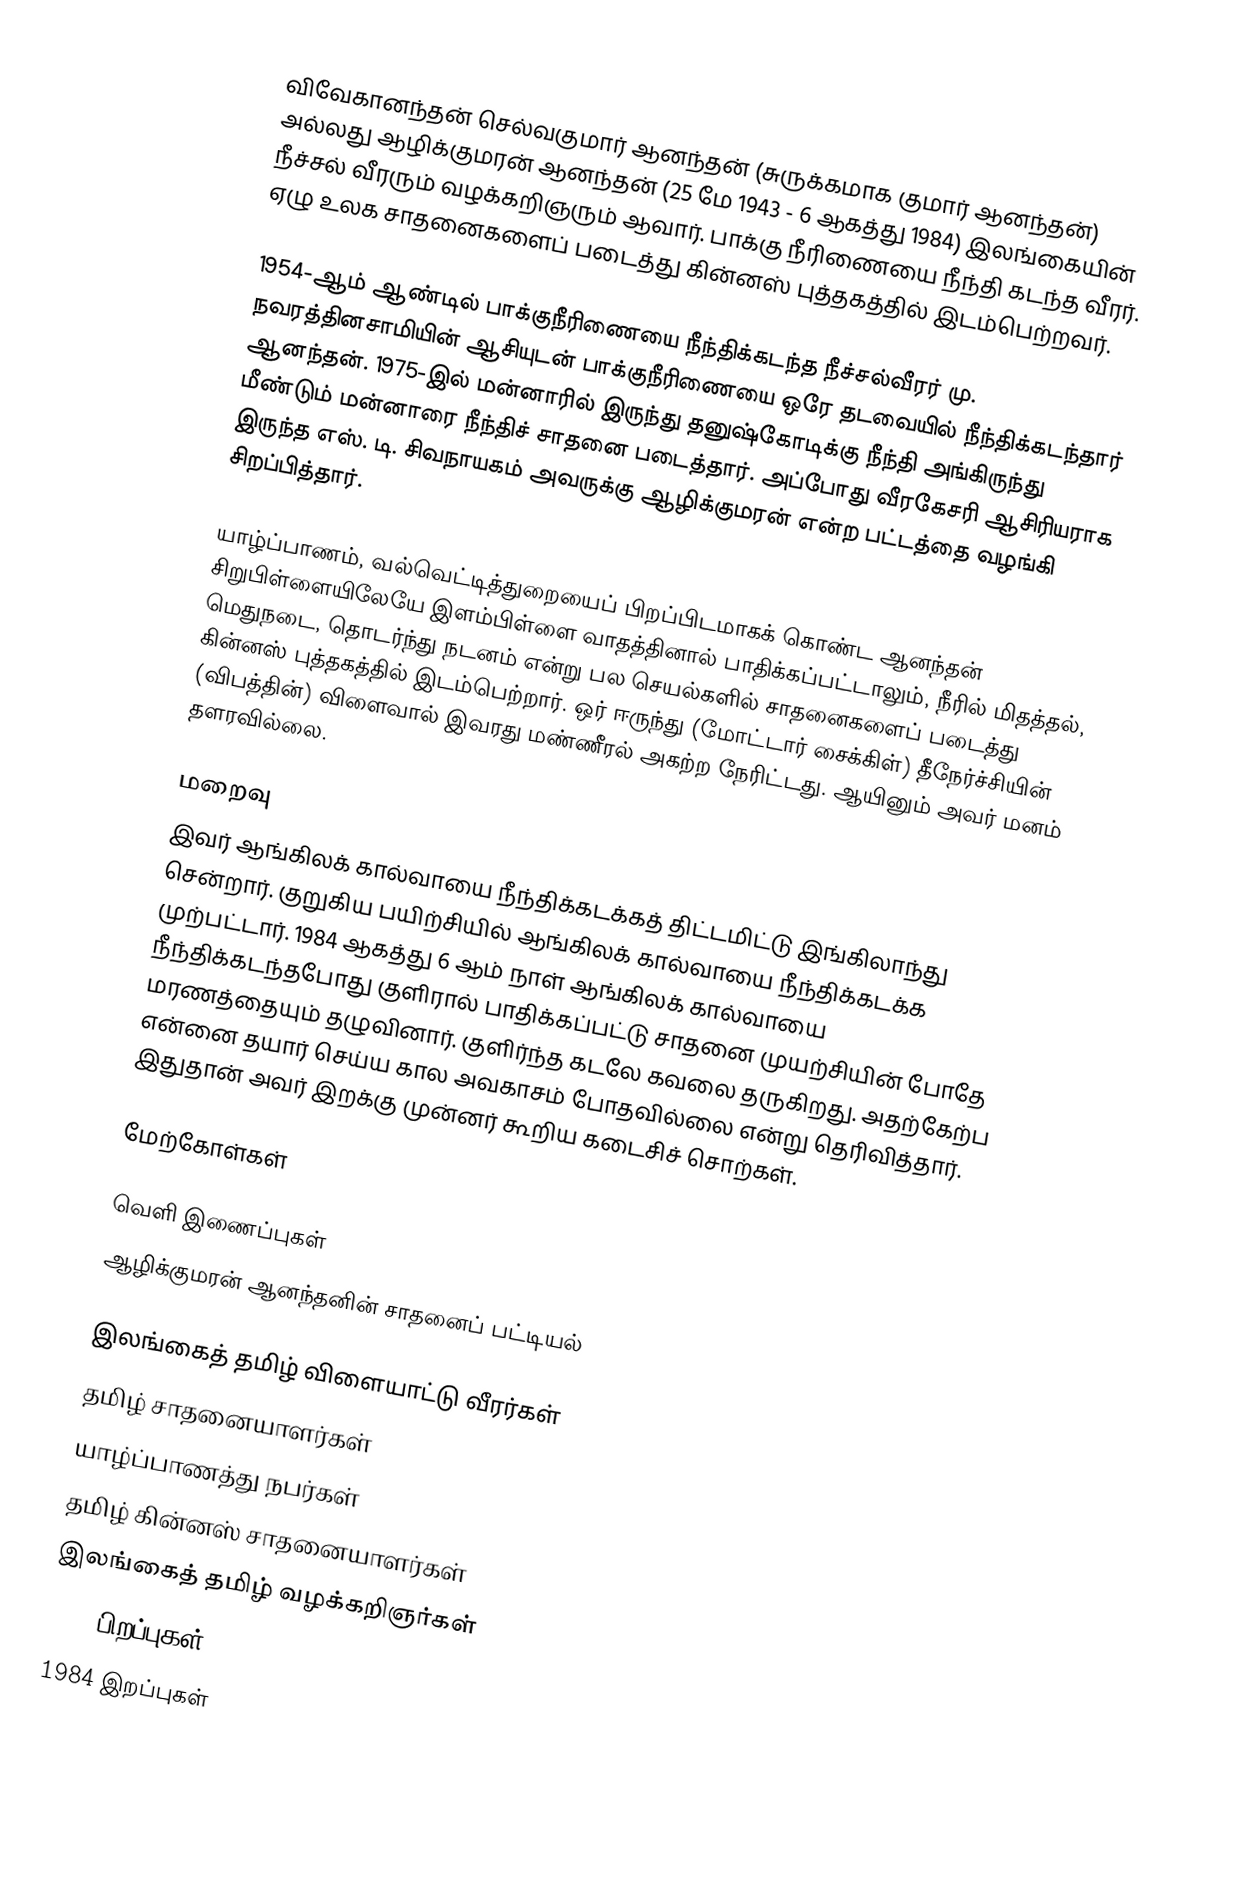
விவேகானந்தன் செல்வகுமார் ஆனந்தன் (சுருக்கமாக குமார் ஆனந்தன்) அல்லது ஆழிக்குமரன் ஆனந்தன் (25 மே 1943 - 6 ஆகத்து 1984) இலங்கையின் நீச்சல் வீரரும் வழக்கறிஞரும் ஆவார். பாக்கு நீரிணையை நீந்தி கடந்த வீரர். ஏழு உலக சாதனைகளைப் படைத்து கின்னஸ் புத்தகத்தில் இடம்பெற்றவர்.

1954-ஆம் ஆண்டில் பாக்குநீரிணையை நீந்திக்கடந்த நீச்சல்வீரர் மு. நவரத்தினசாமியின் ஆசியுடன் பாக்குநீரிணையை ஒரே தடவையில் நீந்திக்கடந்தார் ஆனந்தன். 1975-இல் மன்னாரில் இருந்து தனுஷ்கோடிக்கு நீந்தி அங்கிருந்து மீண்டும் மன்னாரை நீந்திச் சாதனை படைத்தார். அப்போது வீரகேசரி ஆசிரியராக இருந்த எஸ். டி. சிவநாயகம் அவருக்கு ஆழிக்குமரன் என்ற பட்டத்தை வழங்கி சிறப்பித்தார்.

யாழ்ப்பாணம், வல்வெட்டித்துறையைப் பிறப்பிடமாகக் கொண்ட ஆனந்தன் சிறுபிள்ளையிலேயே இளம்பிள்ளை வாதத்தினால் பாதிக்கப்பட்டாலும், நீரில் மிதத்தல், மெதுநடை, தொடர்ந்து நடனம் என்று பல செயல்களில் சாதனைகளைப் படைத்து கின்னஸ் புத்தகத்தில் இடம்பெற்றார். ஒர் ஈருந்து  (மோட்டார் சைக்கிள்) தீநேர்ச்சியின் (விபத்தின்) விளைவால் இவரது மண்ணீரல் அகற்ற நேரிட்டது. ஆயினும் அவர் மனம் தளரவில்லை.

மறைவு
இவர் ஆங்கிலக் கால்வாயை நீந்திக்கடக்கத் திட்டமிட்டு இங்கிலாந்து சென்றார். குறுகிய பயிற்சியில் ஆங்கிலக் கால்வாயை நீந்திக்கடக்க முற்பட்டார். 1984 ஆகத்து 6 ஆம் நாள் ஆங்கிலக் கால்வாயை நீந்திக்கடந்தபோது குளிரால் பாதிக்கப்பட்டு சாதனை முயற்சியின் போதே மரணத்தையும் தழுவினார். குளிர்ந்த கடலே கவலை தருகிறது. அதற்கேற்ப என்னை தயார் செய்ய கால அவகாசம் போதவில்லை என்று தெரிவித்தார். இதுதான் அவர் இறக்கு முன்னர் கூறிய கடைசிச் சொற்கள்.

மேற்கோள்கள்

வெளி இணைப்புகள்
 ஆழிக்குமரன் ஆனந்தனின் சாதனைப் பட்டியல்

இலங்கைத் தமிழ் விளையாட்டு வீரர்கள்
தமிழ் சாதனையாளர்கள்
யாழ்ப்பாணத்து நபர்கள்
தமிழ் கின்னஸ் சாதனையாளர்கள்
இலங்கைத் தமிழ் வழக்கறிஞர்கள்
1943 பிறப்புகள்
1984 இறப்புகள்